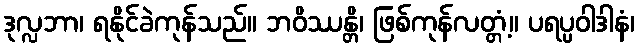
ဒုလ္လဘာ၊ ရနိုင်ခဲကုန်သည်။ ဘဝိဿန္တိ၊ ဖြစ်ကုန်လတ္တံ့။ ပရပ္ပဝါဒါနံ၊